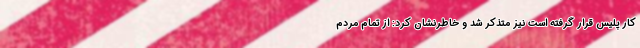
کار پلیس قرار گرفته است نیز متذکر شد و خاطرنشان کرد: از تمام مردم